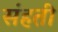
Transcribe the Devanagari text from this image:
संहती